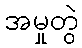
အမှုတွဲ